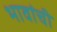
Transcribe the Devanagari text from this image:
भावांची